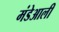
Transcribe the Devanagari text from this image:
मंडेआली